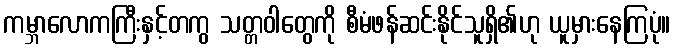
ကမ္ဘာလောကကြီးနှင့်တကွ သတ္တဝါတွေကို စီမံဖန်ဆင်းနိုင်သူရှိ၏ဟု ယူမှားနေကြပုံ။